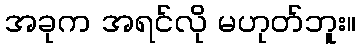
အခုက အရင်လို မဟုတ်ဘူး။